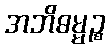
အဘိဓမ္မဉ္စ